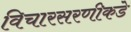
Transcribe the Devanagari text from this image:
विचारसरणीकडे